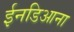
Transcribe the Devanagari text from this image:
ईनडिआना